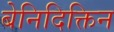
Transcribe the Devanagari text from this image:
बेनिदिक्तिन